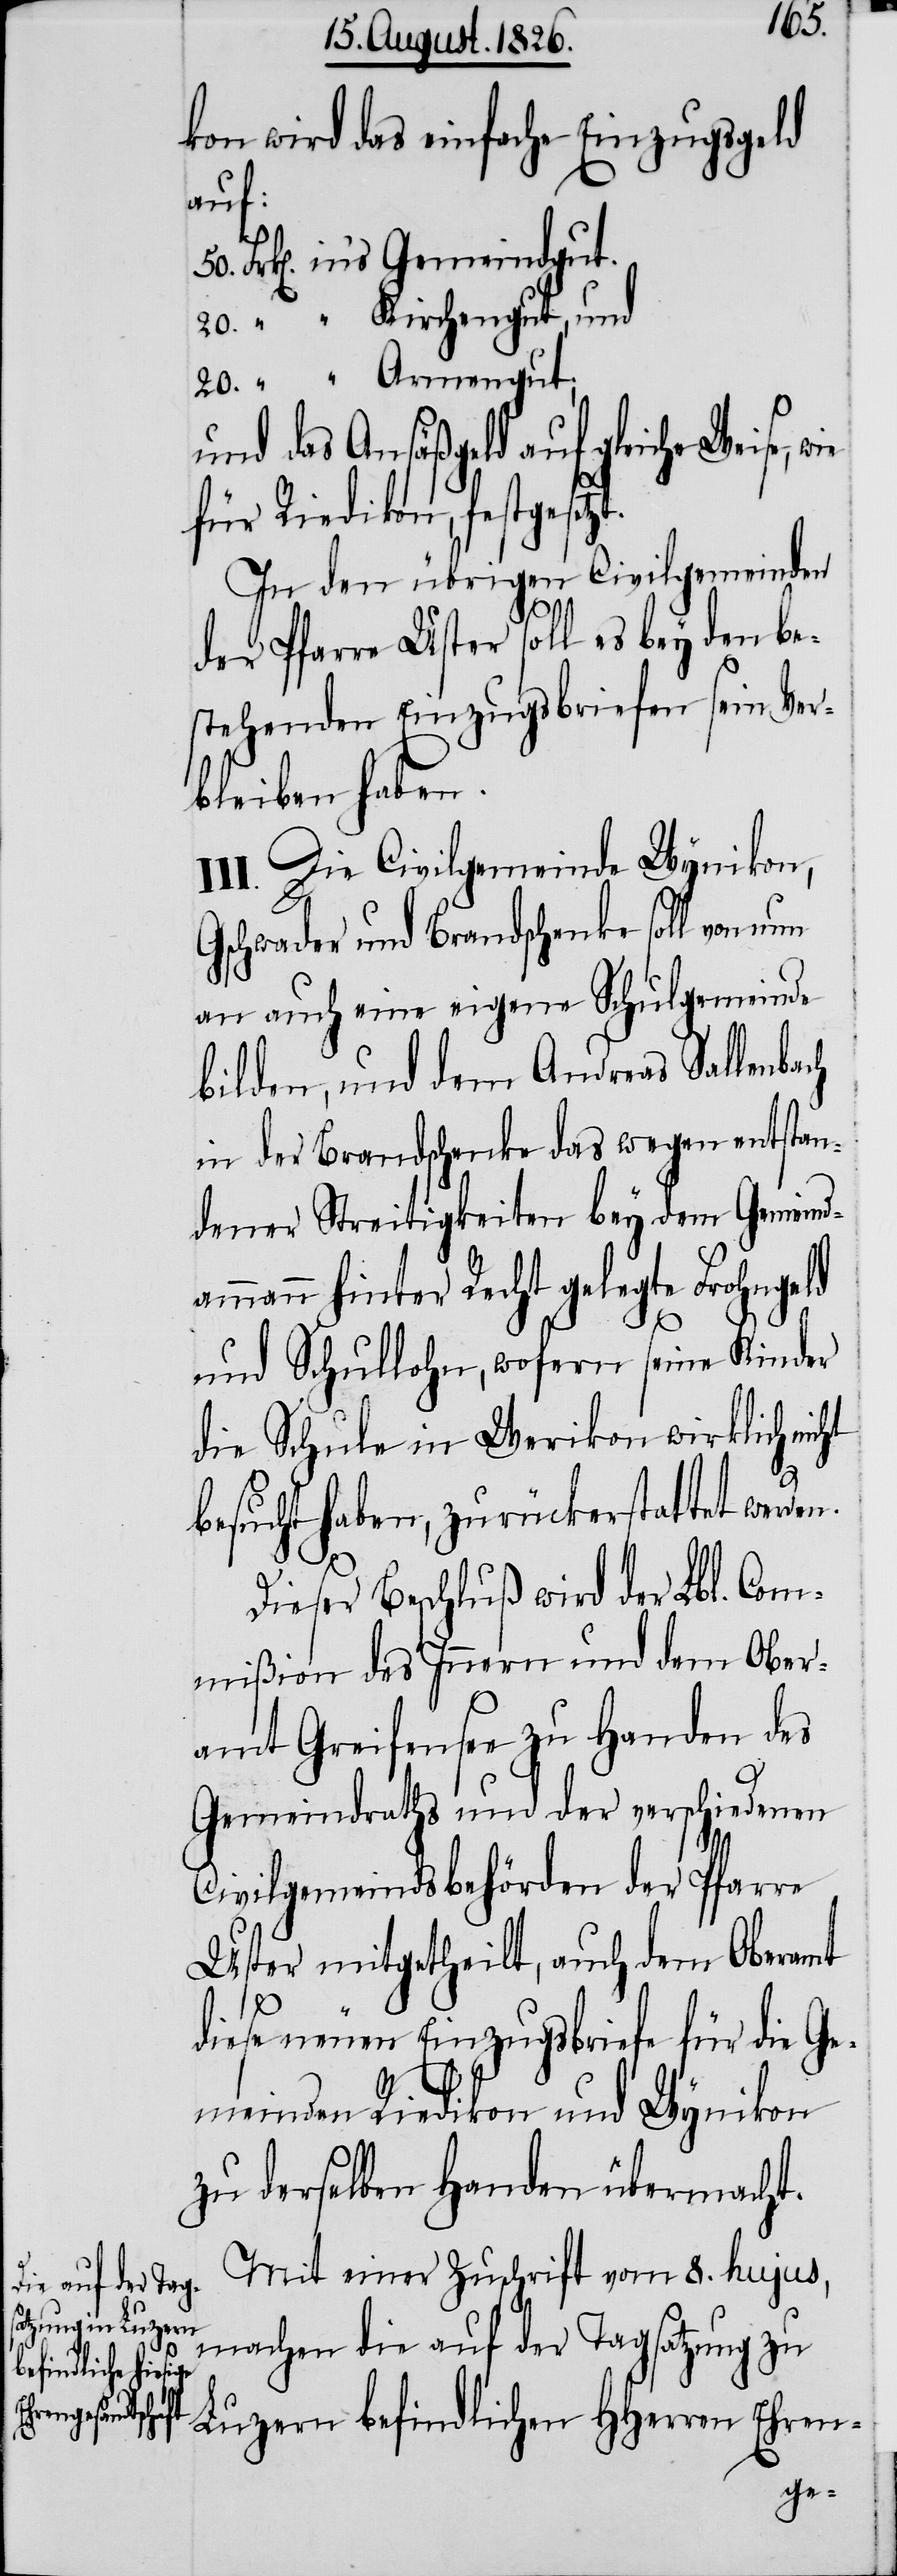
kon wird das einfache Einzugsgeld
und
und das Ansäßgeld auf gleiche Weise,
für Riedikon, festgesetz¬
In den übrigen Civilgemeinden
der Pfarre Uster soll es bey den be¬
stehenden Einzugsbriefen sein Ver¬
bleiben haben.
III. Die Civilgemeinde Wynikon,
Gschwader und Brandschenke soll von nun
an auch eine eigene Schulgemeinde
bilden, und dem Andreas Sallenbach
in der Brandschenke das wegen entstan¬
dener Streitigkeiten bey dem Gemeind¬
ammann hinter Recht gelegte Frohngeld
n.
und Schullohn, wofern seine Kinder
die Schule in Werikon wirklich nicht
besucht haben, zurückerstattet werde¬
Dieser Beschluß wird der Lbl. Com¬
mißion des Innern und dem Ober¬
amt Greifensee zu Handen des
Gemeindraths und der verschiedenen
Civilgemeindsbehörden der Pfarre
Uster mitgetheilt, auch dem Oberamt
diese neuen Einzugsbriefe für die Ge¬
meinden Riedikon und Wynikon
zu derselben Handen übermacht.
Mit einer Zuschrift vom 8. hujus,
machen die auf der Tagsatzung zu
Luzern befindlichen HHerren Ehren-